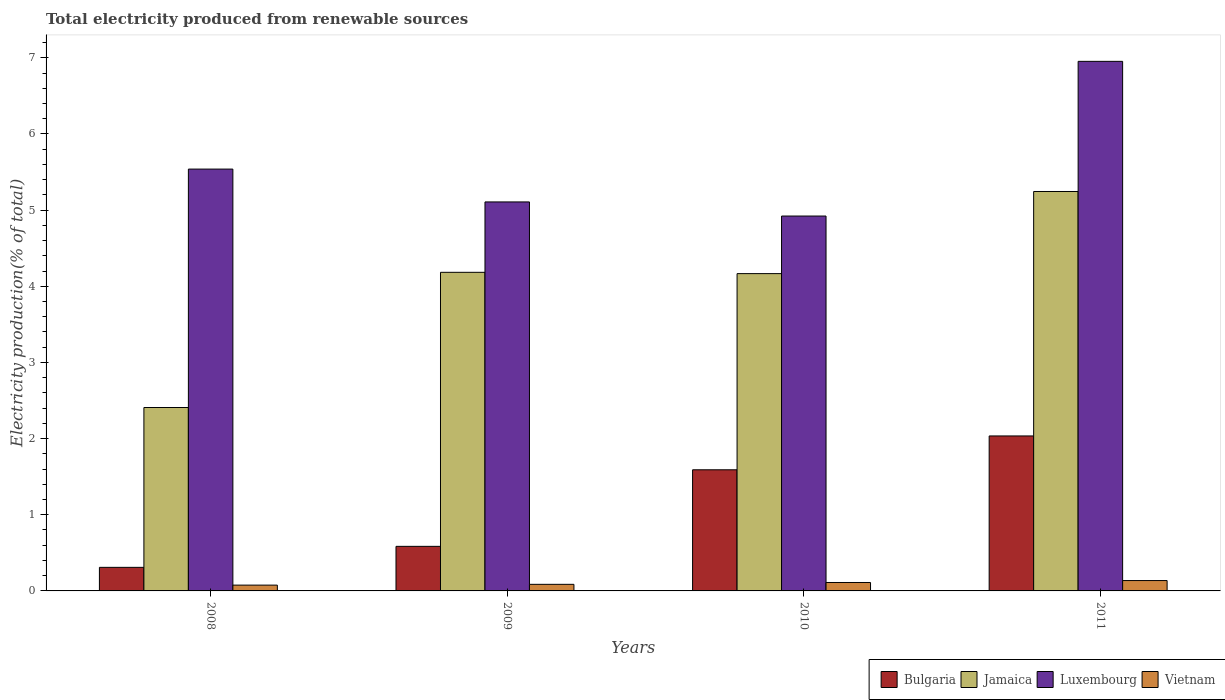
| Years | Bulgaria | Jamaica | Luxembourg | Vietnam |
 | --- | --- | --- | --- | --- |
 | 2008 | 0.31 | 2.41 | 5.54 | 0.0763 |
 | 2009 | 0.585 | 4.18 | 5.11 | 0.0866 |
 | 2010 | 1.59 | 4.17 | 4.92 | 0.111 |
 | 2011 | 2.04 | 5.25 | 6.95 | 0.136 |